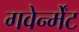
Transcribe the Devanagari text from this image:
गवेर्न्मेंट